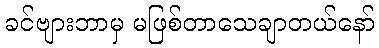
ခင်ဗျားဘာမှ မဖြစ်တာသေချာတယ်နော်